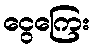
ငွေကြေး